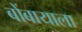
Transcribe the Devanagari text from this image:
बोंबायाला